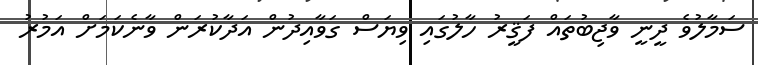
ސަމާލުވެ ދީނީ ވާޖިބުތައް ފަޤީރު ހާލުގައި ވިޔަސް ގަވާއިދުން އަދާކުރަން ވާނެކަމަށް އަމުރު